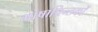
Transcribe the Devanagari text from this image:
भाषाचिन्तकों